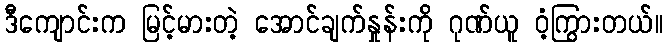
ဒီကျောင်းက မြင့်မားတဲ့ အောင်ချက်နှုန်းကို ဂုဏ်ယူ ဝံ့ကြွားတယ်။